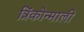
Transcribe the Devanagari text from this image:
त्रिंकोन्माली